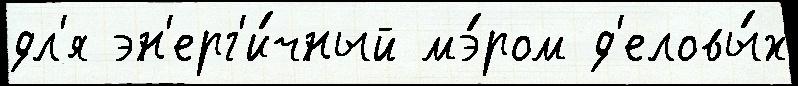
дл'я эн'ерг'и́чный мэ́ром д'еловы́х